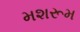
મશરૂમ